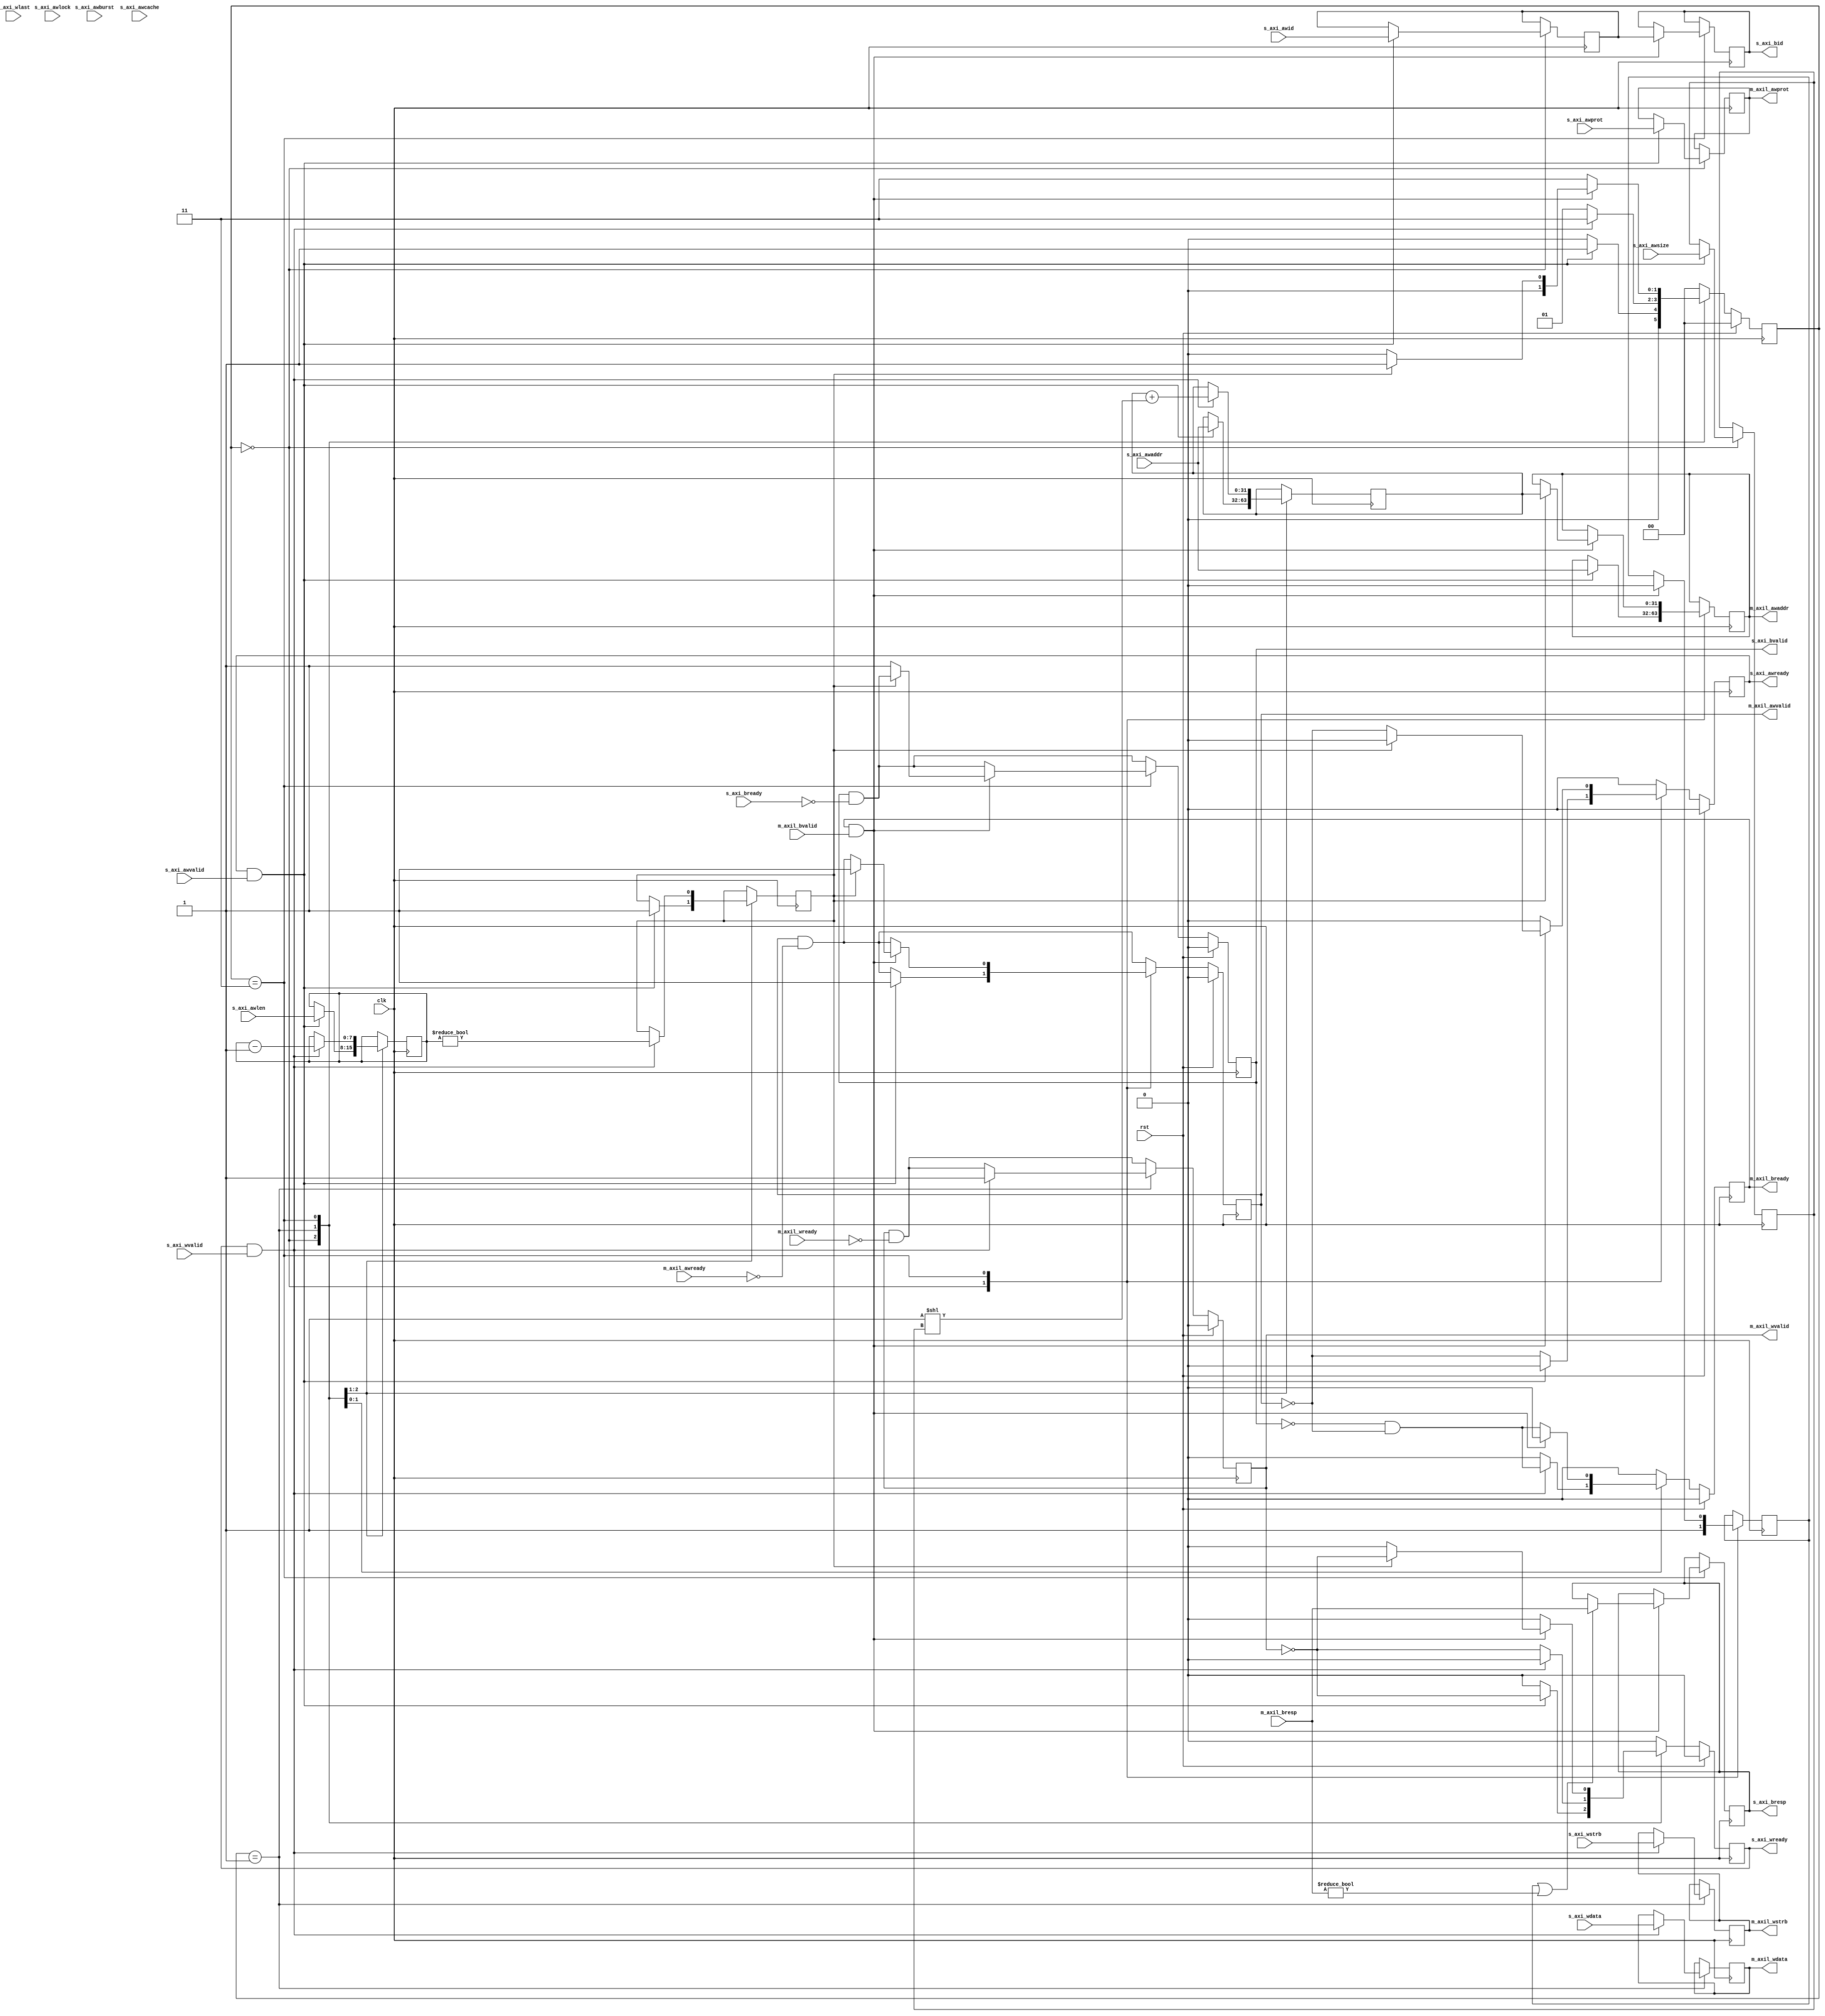
/*

Copyright (c) 2019 Alex Forencich

Permission is hereby granted, free of charge, to any person obtaining a copy
of this software and associated documentation files (the "Software"), to deal
in the Software without restriction, including without limitation the rights
to use, copy, modify, merge, publish, distribute, sublicense, and/or sell
copies of the Software, and to permit persons to whom the Software is
furnished to do so, subject to the following conditions:

The above copyright notice and this permission notice shall be included in
all copies or substantial portions of the Software.

THE SOFTWARE IS PROVIDED "AS IS", WITHOUT WARRANTY OF ANY KIND, EXPRESS OR
IMPLIED, INCLUDING BUT NOT LIMITED TO THE WARRANTIES OF MERCHANTABILITY
FITNESS FOR A PARTICULAR PURPOSE AND NONINFRINGEMENT. IN NO EVENT SHALL THE
AUTHORS OR COPYRIGHT HOLDERS BE LIABLE FOR ANY CLAIM, DAMAGES OR OTHER
LIABILITY, WHETHER IN AN ACTION OF CONTRACT, TORT OR OTHERWISE, ARISING FROM,
OUT OF OR IN CONNECTION WITH THE SOFTWARE OR THE USE OR OTHER DEALINGS IN
THE SOFTWARE.

*/

// Language: Verilog 2001

`resetall
`timescale 1ns / 1ps
`default_nettype none

/*
 * AXI4 to AXI4-Lite adapter (write)
 */
module axi_axil_adapter_wr #
(
    // Width of address bus in bits
    parameter ADDR_WIDTH = 32,
    // Width of input (slave) AXI interface data bus in bits
    parameter AXI_DATA_WIDTH = 32,
    // Width of input (slave) AXI interface wstrb (width of data bus in words)
    parameter AXI_STRB_WIDTH = (AXI_DATA_WIDTH/8),
    // Width of AXI ID signal
    parameter AXI_ID_WIDTH = 8,
    // Width of output (master) AXI lite interface data bus in bits
    parameter AXIL_DATA_WIDTH = 32,
    // Width of output (master) AXI lite interface wstrb (width of data bus in words)
    parameter AXIL_STRB_WIDTH = (AXIL_DATA_WIDTH/8),
    // When adapting to a wider bus, re-pack full-width burst instead of passing through narrow burst if possible
    parameter CONVERT_BURST = 1,
    // When adapting to a wider bus, re-pack all bursts instead of passing through narrow burst if possible
    parameter CONVERT_NARROW_BURST = 0
)
(
    input  wire                        clk,
    input  wire                        rst,

    /*
     * AXI slave interface
     */
    input  wire [AXI_ID_WIDTH-1:0]     s_axi_awid,
    input  wire [ADDR_WIDTH-1:0]       s_axi_awaddr,
    input  wire [7:0]                  s_axi_awlen,
    input  wire [2:0]                  s_axi_awsize,
    input  wire [1:0]                  s_axi_awburst,
    input  wire                        s_axi_awlock,
    input  wire [3:0]                  s_axi_awcache,
    input  wire [2:0]                  s_axi_awprot,
    input  wire                        s_axi_awvalid,
    output wire                        s_axi_awready,
    input  wire [AXI_DATA_WIDTH-1:0]   s_axi_wdata,
    input  wire [AXI_STRB_WIDTH-1:0]   s_axi_wstrb,
    input  wire                        s_axi_wlast,
    input  wire                        s_axi_wvalid,
    output wire                        s_axi_wready,
    output wire [AXI_ID_WIDTH-1:0]     s_axi_bid,
    output wire [1:0]                  s_axi_bresp,
    output wire                        s_axi_bvalid,
    input  wire                        s_axi_bready,

    /*
     * AXI lite master interface
     */
    output wire [ADDR_WIDTH-1:0]       m_axil_awaddr,
    output wire [2:0]                  m_axil_awprot,
    output wire                        m_axil_awvalid,
    input  wire                        m_axil_awready,
    output wire [AXIL_DATA_WIDTH-1:0]  m_axil_wdata,
    output wire [AXIL_STRB_WIDTH-1:0]  m_axil_wstrb,
    output wire                        m_axil_wvalid,
    input  wire                        m_axil_wready,
    input  wire [1:0]                  m_axil_bresp,
    input  wire                        m_axil_bvalid,
    output wire                        m_axil_bready
);

parameter AXI_ADDR_BIT_OFFSET = $clog2(AXI_STRB_WIDTH);
parameter AXIL_ADDR_BIT_OFFSET = $clog2(AXIL_STRB_WIDTH);
parameter AXI_WORD_WIDTH = AXI_STRB_WIDTH;
parameter AXIL_WORD_WIDTH = AXIL_STRB_WIDTH;
parameter AXI_WORD_SIZE = AXI_DATA_WIDTH/AXI_WORD_WIDTH;
parameter AXIL_WORD_SIZE = AXIL_DATA_WIDTH/AXIL_WORD_WIDTH;
parameter AXI_BURST_SIZE = $clog2(AXI_STRB_WIDTH);
parameter AXIL_BURST_SIZE = $clog2(AXIL_STRB_WIDTH);

// output bus is wider
parameter EXPAND = AXIL_STRB_WIDTH > AXI_STRB_WIDTH;
parameter DATA_WIDTH = EXPAND ? AXIL_DATA_WIDTH : AXI_DATA_WIDTH;
parameter STRB_WIDTH = EXPAND ? AXIL_STRB_WIDTH : AXI_STRB_WIDTH;
// required number of segments in wider bus
parameter SEGMENT_COUNT = EXPAND ? (AXIL_STRB_WIDTH / AXI_STRB_WIDTH) : (AXI_STRB_WIDTH / AXIL_STRB_WIDTH);
// data width and keep width per segment
parameter SEGMENT_DATA_WIDTH = DATA_WIDTH / SEGMENT_COUNT;
parameter SEGMENT_STRB_WIDTH = STRB_WIDTH / SEGMENT_COUNT;

// bus width assertions
initial begin
    if (AXI_WORD_SIZE * AXI_STRB_WIDTH != AXI_DATA_WIDTH) begin
        $error("Error: AXI slave interface data width not evenly divisble (instance %m)");
        $finish;
    end

    if (AXIL_WORD_SIZE * AXIL_STRB_WIDTH != AXIL_DATA_WIDTH) begin
        $error("Error: AXI lite master interface data width not evenly divisble (instance %m)");
        $finish;
    end

    if (AXI_WORD_SIZE != AXIL_WORD_SIZE) begin
        $error("Error: word size mismatch (instance %m)");
        $finish;
    end

    if (2**$clog2(AXI_WORD_WIDTH) != AXI_WORD_WIDTH) begin
        $error("Error: AXI slave interface word width must be even power of two (instance %m)");
        $finish;
    end

    if (2**$clog2(AXIL_WORD_WIDTH) != AXIL_WORD_WIDTH) begin
        $error("Error: AXI lite master interface word width must be even power of two (instance %m)");
        $finish;
    end
end

localparam [1:0]
    STATE_IDLE = 2'd0,
    STATE_DATA = 2'd1,
    STATE_DATA_2 = 2'd2,
    STATE_RESP = 2'd3;

reg [1:0] state_reg = STATE_IDLE, state_next;

reg [AXI_ID_WIDTH-1:0] id_reg = {AXI_ID_WIDTH{1'b0}}, id_next;
reg [ADDR_WIDTH-1:0] addr_reg = {ADDR_WIDTH{1'b0}}, addr_next;
reg [DATA_WIDTH-1:0] data_reg = {DATA_WIDTH{1'b0}}, data_next;
reg [STRB_WIDTH-1:0] strb_reg = {STRB_WIDTH{1'b0}}, strb_next;
reg [7:0] burst_reg = 8'd0, burst_next;
reg [2:0] burst_size_reg = 3'd0, burst_size_next;
reg [2:0] master_burst_size_reg = 3'd0, master_burst_size_next;
reg burst_active_reg = 1'b0, burst_active_next;
reg convert_burst_reg = 1'b0, convert_burst_next;
reg first_transfer_reg = 1'b0, first_transfer_next;
reg last_segment_reg = 1'b0, last_segment_next;

reg s_axi_awready_reg = 1'b0, s_axi_awready_next;
reg s_axi_wready_reg = 1'b0, s_axi_wready_next;
reg [AXI_ID_WIDTH-1:0] s_axi_bid_reg = {AXI_ID_WIDTH{1'b0}}, s_axi_bid_next;
reg [1:0] s_axi_bresp_reg = 2'd0, s_axi_bresp_next;
reg s_axi_bvalid_reg = 1'b0, s_axi_bvalid_next;

reg [ADDR_WIDTH-1:0] m_axil_awaddr_reg = {ADDR_WIDTH{1'b0}}, m_axil_awaddr_next;
reg [2:0] m_axil_awprot_reg = 3'd0, m_axil_awprot_next;
reg m_axil_awvalid_reg = 1'b0, m_axil_awvalid_next;
reg [AXIL_DATA_WIDTH-1:0] m_axil_wdata_reg = {AXIL_DATA_WIDTH{1'b0}}, m_axil_wdata_next;
reg [AXIL_STRB_WIDTH-1:0] m_axil_wstrb_reg = {AXIL_STRB_WIDTH{1'b0}}, m_axil_wstrb_next;
reg m_axil_wvalid_reg = 1'b0, m_axil_wvalid_next;
reg m_axil_bready_reg = 1'b0, m_axil_bready_next;

assign s_axi_awready = s_axi_awready_reg;
assign s_axi_wready = s_axi_wready_reg;
assign s_axi_bid = s_axi_bid_reg;
assign s_axi_bresp = s_axi_bresp_reg;
assign s_axi_bvalid = s_axi_bvalid_reg;

assign m_axil_awaddr = m_axil_awaddr_reg;
//assign m_axil_awlen = m_axil_awlen_reg;
//assign m_axil_awsize = m_axil_awsize_reg;
//assign m_axil_awburst = m_axil_awburst_reg;
assign m_axil_awprot = m_axil_awprot_reg;
assign m_axil_awvalid = m_axil_awvalid_reg;
assign m_axil_wdata = m_axil_wdata_reg;
assign m_axil_wstrb = m_axil_wstrb_reg;
assign m_axil_wvalid = m_axil_wvalid_reg;
assign m_axil_bready = m_axil_bready_reg;

integer i;

always @* begin
    state_next = STATE_IDLE;

    id_next = id_reg;
    addr_next = addr_reg;
    data_next = data_reg;
    strb_next = strb_reg;
    burst_next = burst_reg;
    burst_size_next = burst_size_reg;
    master_burst_size_next = master_burst_size_reg;
    burst_active_next = burst_active_reg;
    convert_burst_next = convert_burst_reg;
    first_transfer_next = first_transfer_reg;
    last_segment_next = last_segment_reg;

    s_axi_awready_next = 1'b0;
    s_axi_wready_next = 1'b0;
    s_axi_bid_next = s_axi_bid_reg;
    s_axi_bresp_next = s_axi_bresp_reg;
    s_axi_bvalid_next = s_axi_bvalid_reg && !s_axi_bready;
    m_axil_awaddr_next = m_axil_awaddr_reg;
    m_axil_awprot_next = m_axil_awprot_reg;
    m_axil_awvalid_next = m_axil_awvalid_reg && !m_axil_awready;
    m_axil_wdata_next = m_axil_wdata_reg;
    m_axil_wstrb_next = m_axil_wstrb_reg;
    m_axil_wvalid_next = m_axil_wvalid_reg && !m_axil_wready;
    m_axil_bready_next = 1'b0;

    if (SEGMENT_COUNT == 1) begin
        // master output is same width; direct transfer with no splitting/merging
        case (state_reg)
            STATE_IDLE: begin
                // idle state; wait for new burst
                s_axi_awready_next = !m_axil_awvalid;
                first_transfer_next = 1'b1;

                if (s_axi_awready && s_axi_awvalid) begin
                    s_axi_awready_next = 1'b0;
                    id_next = s_axi_awid;
                    m_axil_awaddr_next = s_axi_awaddr;
                    addr_next = s_axi_awaddr;
                    burst_next = s_axi_awlen;
                    burst_size_next = s_axi_awsize;
                    burst_active_next = 1'b1;
                    m_axil_awprot_next = s_axi_awprot;
                    m_axil_awvalid_next = 1'b1;
                    s_axi_wready_next = !m_axil_wvalid;
                    state_next = STATE_DATA;
                end else begin
                    state_next = STATE_IDLE;
                end
            end
            STATE_DATA: begin
                // data state; transfer write data
                s_axi_wready_next = !m_axil_wvalid;

                if (s_axi_wready && s_axi_wvalid) begin
                    m_axil_wdata_next = s_axi_wdata;
                    m_axil_wstrb_next = s_axi_wstrb;
                    m_axil_wvalid_next = 1'b1;
                    burst_next = burst_reg - 1;
                    burst_active_next = burst_reg != 0;
                    addr_next = addr_reg + (1 << burst_size_reg);
                    s_axi_wready_next = 1'b0;
                    m_axil_bready_next = !s_axi_bvalid && !m_axil_awvalid;
                    state_next = STATE_RESP;
                end else begin
                    state_next = STATE_DATA;
                end
            end
            STATE_RESP: begin
                // resp state; transfer write response
                m_axil_bready_next = !s_axi_bvalid && !m_axil_awvalid;

                if (m_axil_bready && m_axil_bvalid) begin
                    m_axil_bready_next = 1'b0;
                    s_axi_bid_next = id_reg;
                    first_transfer_next = 1'b0;
                    if (first_transfer_reg || m_axil_bresp != 0) begin
                        s_axi_bresp_next = m_axil_bresp;
                    end
                    if (burst_active_reg) begin
                        // burst on slave interface still active; start new AXI lite write
                        m_axil_awaddr_next = addr_reg;
                        m_axil_awvalid_next = 1'b1;
                        s_axi_wready_next = !m_axil_wvalid;
                        state_next = STATE_DATA;
                    end else begin
                        // burst on slave interface finished; return to idle
                        s_axi_bvalid_next = 1'b1;
                        s_axi_awready_next = !m_axil_awvalid;
                        state_next = STATE_IDLE;
                    end
                end else begin
                    state_next = STATE_RESP;
                end
            end
        endcase
    end else if (EXPAND) begin
        // master output is wider; merge writes
        case (state_reg)
            STATE_IDLE: begin
                // idle state; wait for new burst
                s_axi_awready_next = !m_axil_awvalid;

                first_transfer_next = 1'b1;

                data_next = {DATA_WIDTH{1'b0}};
                strb_next = {STRB_WIDTH{1'b0}};

                if (s_axi_awready && s_axi_awvalid) begin
                    s_axi_awready_next = 1'b0;
                    id_next = s_axi_awid;
                    m_axil_awaddr_next = s_axi_awaddr;
                    addr_next = s_axi_awaddr;
                    burst_next = s_axi_awlen;
                    burst_size_next = s_axi_awsize;
                    if (CONVERT_BURST && s_axi_awcache[1] && (CONVERT_NARROW_BURST || s_axi_awsize == AXI_BURST_SIZE)) begin
                        // merge writes
                        // require CONVERT_BURST and awcache[1] set
                        convert_burst_next = 1'b1;
                        master_burst_size_next = AXIL_BURST_SIZE;
                        state_next = STATE_DATA_2;
                    end else begin
                        // output narrow burst
                        convert_burst_next = 1'b0;
                        master_burst_size_next = s_axi_awsize;
                        state_next = STATE_DATA;
                    end
                    m_axil_awprot_next = s_axi_awprot;
                    m_axil_awvalid_next = 1'b1;
                    s_axi_wready_next = !m_axil_wvalid;
                end else begin
                    state_next = STATE_IDLE;
                end
            end
            STATE_DATA: begin
                // data state; transfer write data
                s_axi_wready_next = !m_axil_wvalid || m_axil_wready;

                if (s_axi_wready && s_axi_wvalid) begin
                    m_axil_wdata_next = {(AXIL_WORD_WIDTH/AXI_WORD_WIDTH){s_axi_wdata}};
                    m_axil_wstrb_next = s_axi_wstrb << (addr_reg[AXIL_ADDR_BIT_OFFSET-1:AXI_ADDR_BIT_OFFSET] * AXI_STRB_WIDTH);
                    m_axil_wvalid_next = 1'b1;
                    burst_next = burst_reg - 1;
                    burst_active_next = burst_reg != 0;
                    addr_next = addr_reg + (1 << burst_size_reg);
                    s_axi_wready_next = 1'b0;
                    m_axil_bready_next = !s_axi_bvalid && !m_axil_awvalid;
                    state_next = STATE_RESP;
                end else begin
                    state_next = STATE_DATA;
                end
            end
            STATE_DATA_2: begin
                s_axi_wready_next = !m_axil_wvalid;

                if (s_axi_wready && s_axi_wvalid) begin
                    if (CONVERT_NARROW_BURST) begin
                        for (i = 0; i < AXI_WORD_WIDTH; i = i + 1) begin
                            if (s_axi_wstrb[i]) begin
                                data_next[addr_reg[AXIL_ADDR_BIT_OFFSET-1:AXI_ADDR_BIT_OFFSET]*SEGMENT_DATA_WIDTH+i*AXIL_WORD_SIZE +: AXIL_WORD_SIZE] = s_axi_wdata[i*AXIL_WORD_SIZE +: AXIL_WORD_SIZE];
                                strb_next[addr_reg[AXIL_ADDR_BIT_OFFSET-1:AXI_ADDR_BIT_OFFSET]*SEGMENT_STRB_WIDTH+i] = 1'b1;
                            end
                        end
                    end else begin
                        data_next[addr_reg[AXIL_ADDR_BIT_OFFSET-1:AXI_ADDR_BIT_OFFSET]*SEGMENT_DATA_WIDTH +: SEGMENT_DATA_WIDTH] = s_axi_wdata;
                        strb_next[addr_reg[AXIL_ADDR_BIT_OFFSET-1:AXI_ADDR_BIT_OFFSET]*SEGMENT_STRB_WIDTH +: SEGMENT_STRB_WIDTH] = s_axi_wstrb;
                    end
                    m_axil_wdata_next = data_next;
                    m_axil_wstrb_next = strb_next;
                    burst_next = burst_reg - 1;
                    burst_active_next = burst_reg != 0;
                    addr_next = addr_reg + (1 << burst_size_reg);
                    if (burst_reg == 0 || addr_next[master_burst_size_reg] != addr_reg[master_burst_size_reg]) begin
                        data_next = {DATA_WIDTH{1'b0}};
                        strb_next = {STRB_WIDTH{1'b0}};
                        m_axil_wvalid_next = 1'b1;
                        s_axi_wready_next = 1'b0;
                        m_axil_bready_next = !s_axi_bvalid && !m_axil_awvalid;
                        state_next = STATE_RESP;
                    end else begin
                        state_next = STATE_DATA_2;
                    end
                end else begin
                    state_next = STATE_DATA_2;
                end
            end
            STATE_RESP: begin
                // resp state; transfer write response
                m_axil_bready_next = !s_axi_bvalid && !m_axil_awvalid;

                if (m_axil_bready && m_axil_bvalid) begin
                    m_axil_bready_next = 1'b0;
                    s_axi_bid_next = id_reg;
                    first_transfer_next = 1'b0;
                    if (first_transfer_reg || m_axil_bresp != 0) begin
                        s_axi_bresp_next = m_axil_bresp;
                    end
                    if (burst_active_reg) begin
                        // burst on slave interface still active; start new AXI lite write
                        m_axil_awaddr_next = addr_reg;
                        m_axil_awvalid_next = 1'b1;
                        s_axi_wready_next = !m_axil_wvalid || m_axil_wready;
                        if (convert_burst_reg) begin
                            state_next = STATE_DATA_2;
                        end else begin
                            state_next = STATE_DATA;
                        end
                    end else begin
                        // burst on slave interface finished; return to idle
                        s_axi_bvalid_next = 1'b1;
                        s_axi_awready_next = !m_axil_awvalid;
                        state_next = STATE_IDLE;
                    end
                end else begin
                    state_next = STATE_RESP;
                end
            end
        endcase
    end else begin
        // master output is narrower; split writes, and possibly split burst
        case (state_reg)
            STATE_IDLE: begin
                // idle state; wait for new burst
                s_axi_awready_next = !m_axil_awvalid;

                first_transfer_next = 1'b1;

                if (s_axi_awready && s_axi_awvalid) begin
                    s_axi_awready_next = 1'b0;
                    id_next = s_axi_awid;
                    m_axil_awaddr_next = s_axi_awaddr;
                    addr_next = s_axi_awaddr;
                    burst_next = s_axi_awlen;
                    burst_size_next = s_axi_awsize;
                    burst_active_next = 1'b1;
                    if (s_axi_awsize > AXIL_BURST_SIZE) begin
                        // need to adjust burst size
                        master_burst_size_next = AXIL_BURST_SIZE;
                    end else begin
                        // pass through narrow (enough) burst
                        master_burst_size_next = s_axi_awsize;
                    end
                    m_axil_awprot_next = s_axi_awprot;
                    m_axil_awvalid_next = 1'b1;
                    s_axi_wready_next = !m_axil_wvalid;
                    state_next = STATE_DATA;
                end else begin
                    state_next = STATE_IDLE;
                end
            end
            STATE_DATA: begin
                s_axi_wready_next = !m_axil_wvalid;

                if (s_axi_wready && s_axi_wvalid) begin
                    data_next = s_axi_wdata;
                    strb_next = s_axi_wstrb;
                    m_axil_wdata_next = s_axi_wdata >> (addr_reg[AXI_ADDR_BIT_OFFSET-1:AXIL_ADDR_BIT_OFFSET] * AXIL_DATA_WIDTH);
                    m_axil_wstrb_next = s_axi_wstrb >> (addr_reg[AXI_ADDR_BIT_OFFSET-1:AXIL_ADDR_BIT_OFFSET] * AXIL_STRB_WIDTH);
                    m_axil_wvalid_next = 1'b1;
                    burst_next = burst_reg - 1;
                    burst_active_next = burst_reg != 0;
                    addr_next = (addr_reg + (1 << master_burst_size_reg)) & ({ADDR_WIDTH{1'b1}} << master_burst_size_reg);
                    last_segment_next = addr_next[burst_size_reg] != addr_reg[burst_size_reg];
                    s_axi_wready_next = 1'b0;
                    m_axil_bready_next = !s_axi_bvalid && !m_axil_awvalid;
                    state_next = STATE_RESP;
                end else begin
                    state_next = STATE_DATA;
                end
            end
            STATE_DATA_2: begin
                s_axi_wready_next = 1'b0;

                if (!m_axil_wvalid || m_axil_wready) begin
                    m_axil_wdata_next = data_reg >> (addr_reg[AXI_ADDR_BIT_OFFSET-1:AXIL_ADDR_BIT_OFFSET] * AXIL_DATA_WIDTH);
                    m_axil_wstrb_next = strb_reg >> (addr_reg[AXI_ADDR_BIT_OFFSET-1:AXIL_ADDR_BIT_OFFSET] * AXIL_STRB_WIDTH);
                    m_axil_wvalid_next = 1'b1;
                    addr_next = (addr_reg + (1 << master_burst_size_reg)) & ({ADDR_WIDTH{1'b1}} << master_burst_size_reg);
                    last_segment_next = addr_next[burst_size_reg] != addr_reg[burst_size_reg];
                    s_axi_wready_next = 1'b0;
                    m_axil_bready_next = !s_axi_bvalid && !m_axil_awvalid;
                    state_next = STATE_RESP;
                end else begin
                    state_next = STATE_DATA_2;
                end
            end
            STATE_RESP: begin
                // resp state; transfer write response
                m_axil_bready_next = !s_axi_bvalid && !m_axil_awvalid;

                if (m_axil_bready && m_axil_bvalid) begin
                    first_transfer_next = 1'b0;
                    m_axil_awaddr_next = addr_reg;
                    m_axil_bready_next = 1'b0;
                    s_axi_bid_next = id_reg;
                    if (first_transfer_reg || m_axil_bresp != 0) begin
                        s_axi_bresp_next = m_axil_bresp;
                    end
                    if (burst_active_reg || !last_segment_reg) begin
                        // burst on slave interface still active; start new burst
                        m_axil_awvalid_next = 1'b1;
                        if (last_segment_reg) begin
                            s_axi_wready_next = !m_axil_wvalid;
                            state_next = STATE_DATA;
                        end else begin
                            s_axi_wready_next = 1'b0;
                            state_next = STATE_DATA_2;
                        end
                    end else begin
                        // burst on slave interface finished; return to idle
                        s_axi_bvalid_next = 1'b1;
                        s_axi_awready_next = !m_axil_awvalid;
                        state_next = STATE_IDLE;
                    end
                end else begin
                    state_next = STATE_RESP;
                end
            end
        endcase
    end
end

always @(posedge clk) begin
    state_reg <= state_next;

    id_reg <= id_next;
    addr_reg <= addr_next;
    data_reg <= data_next;
    strb_reg <= strb_next;
    burst_reg <= burst_next;
    burst_size_reg <= burst_size_next;
    master_burst_size_reg <= master_burst_size_next;
    burst_active_reg <= burst_active_next;
    convert_burst_reg <= convert_burst_next;
    first_transfer_reg <= first_transfer_next;
    last_segment_reg <= last_segment_next;

    s_axi_awready_reg <= s_axi_awready_next;
    s_axi_wready_reg <= s_axi_wready_next;
    s_axi_bid_reg <= s_axi_bid_next;
    s_axi_bresp_reg <= s_axi_bresp_next;
    s_axi_bvalid_reg <= s_axi_bvalid_next;

    m_axil_awaddr_reg <= m_axil_awaddr_next;
    m_axil_awprot_reg <= m_axil_awprot_next;
    m_axil_awvalid_reg <= m_axil_awvalid_next;
    m_axil_wdata_reg <= m_axil_wdata_next;
    m_axil_wstrb_reg <= m_axil_wstrb_next;
    m_axil_wvalid_reg <= m_axil_wvalid_next;
    m_axil_bready_reg <= m_axil_bready_next;

    if (rst) begin
        state_reg <= STATE_IDLE;

        s_axi_awready_reg <= 1'b0;
        s_axi_wready_reg <= 1'b0;
        s_axi_bvalid_reg <= 1'b0;

        m_axil_awvalid_reg <= 1'b0;
        m_axil_wvalid_reg <= 1'b0;
        m_axil_bready_reg <= 1'b0;
    end
end

endmodule

`resetall